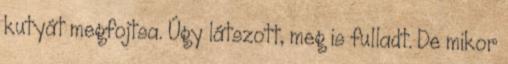
kutyát megfojtsa. Úgy látszott, meg is fulladt. De mikor